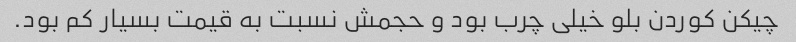
چیکن کوردن بلو خیلی چرب بود و حجمش نسبت به قیمت بسیار کم بود.